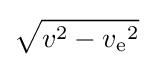
{\sqrt {v^{2}-{v_{\text{e}}}^{2}}}